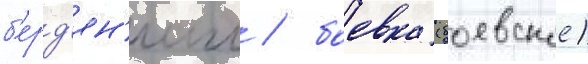
б'ерд'ян'иш / боевка (боевское)